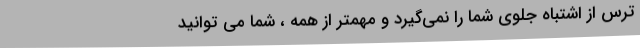
ترس از اشتباه جلوی شما را نمی‌گیرد و مهمتر از همه ، شما می توانید